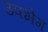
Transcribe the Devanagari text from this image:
उपभेग